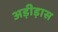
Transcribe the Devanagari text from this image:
अड़ीड़ास